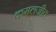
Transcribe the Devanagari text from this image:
कमलजीत